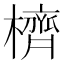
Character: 櫅